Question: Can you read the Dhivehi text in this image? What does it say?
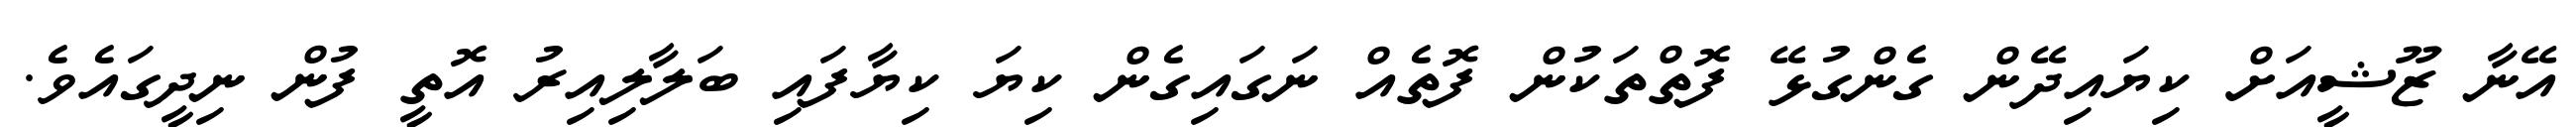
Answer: އޭނާ ޒޫޝީއަށް ކިޔައިދޭން ގެންގުޅޭ ފޮތްތަކުން ފޮތެއް ނަގައިގެން ކިޔަ ކިޔާފައި ބަލާލިއިރު އޮތީ ފުން ނިދީގައެވެ.